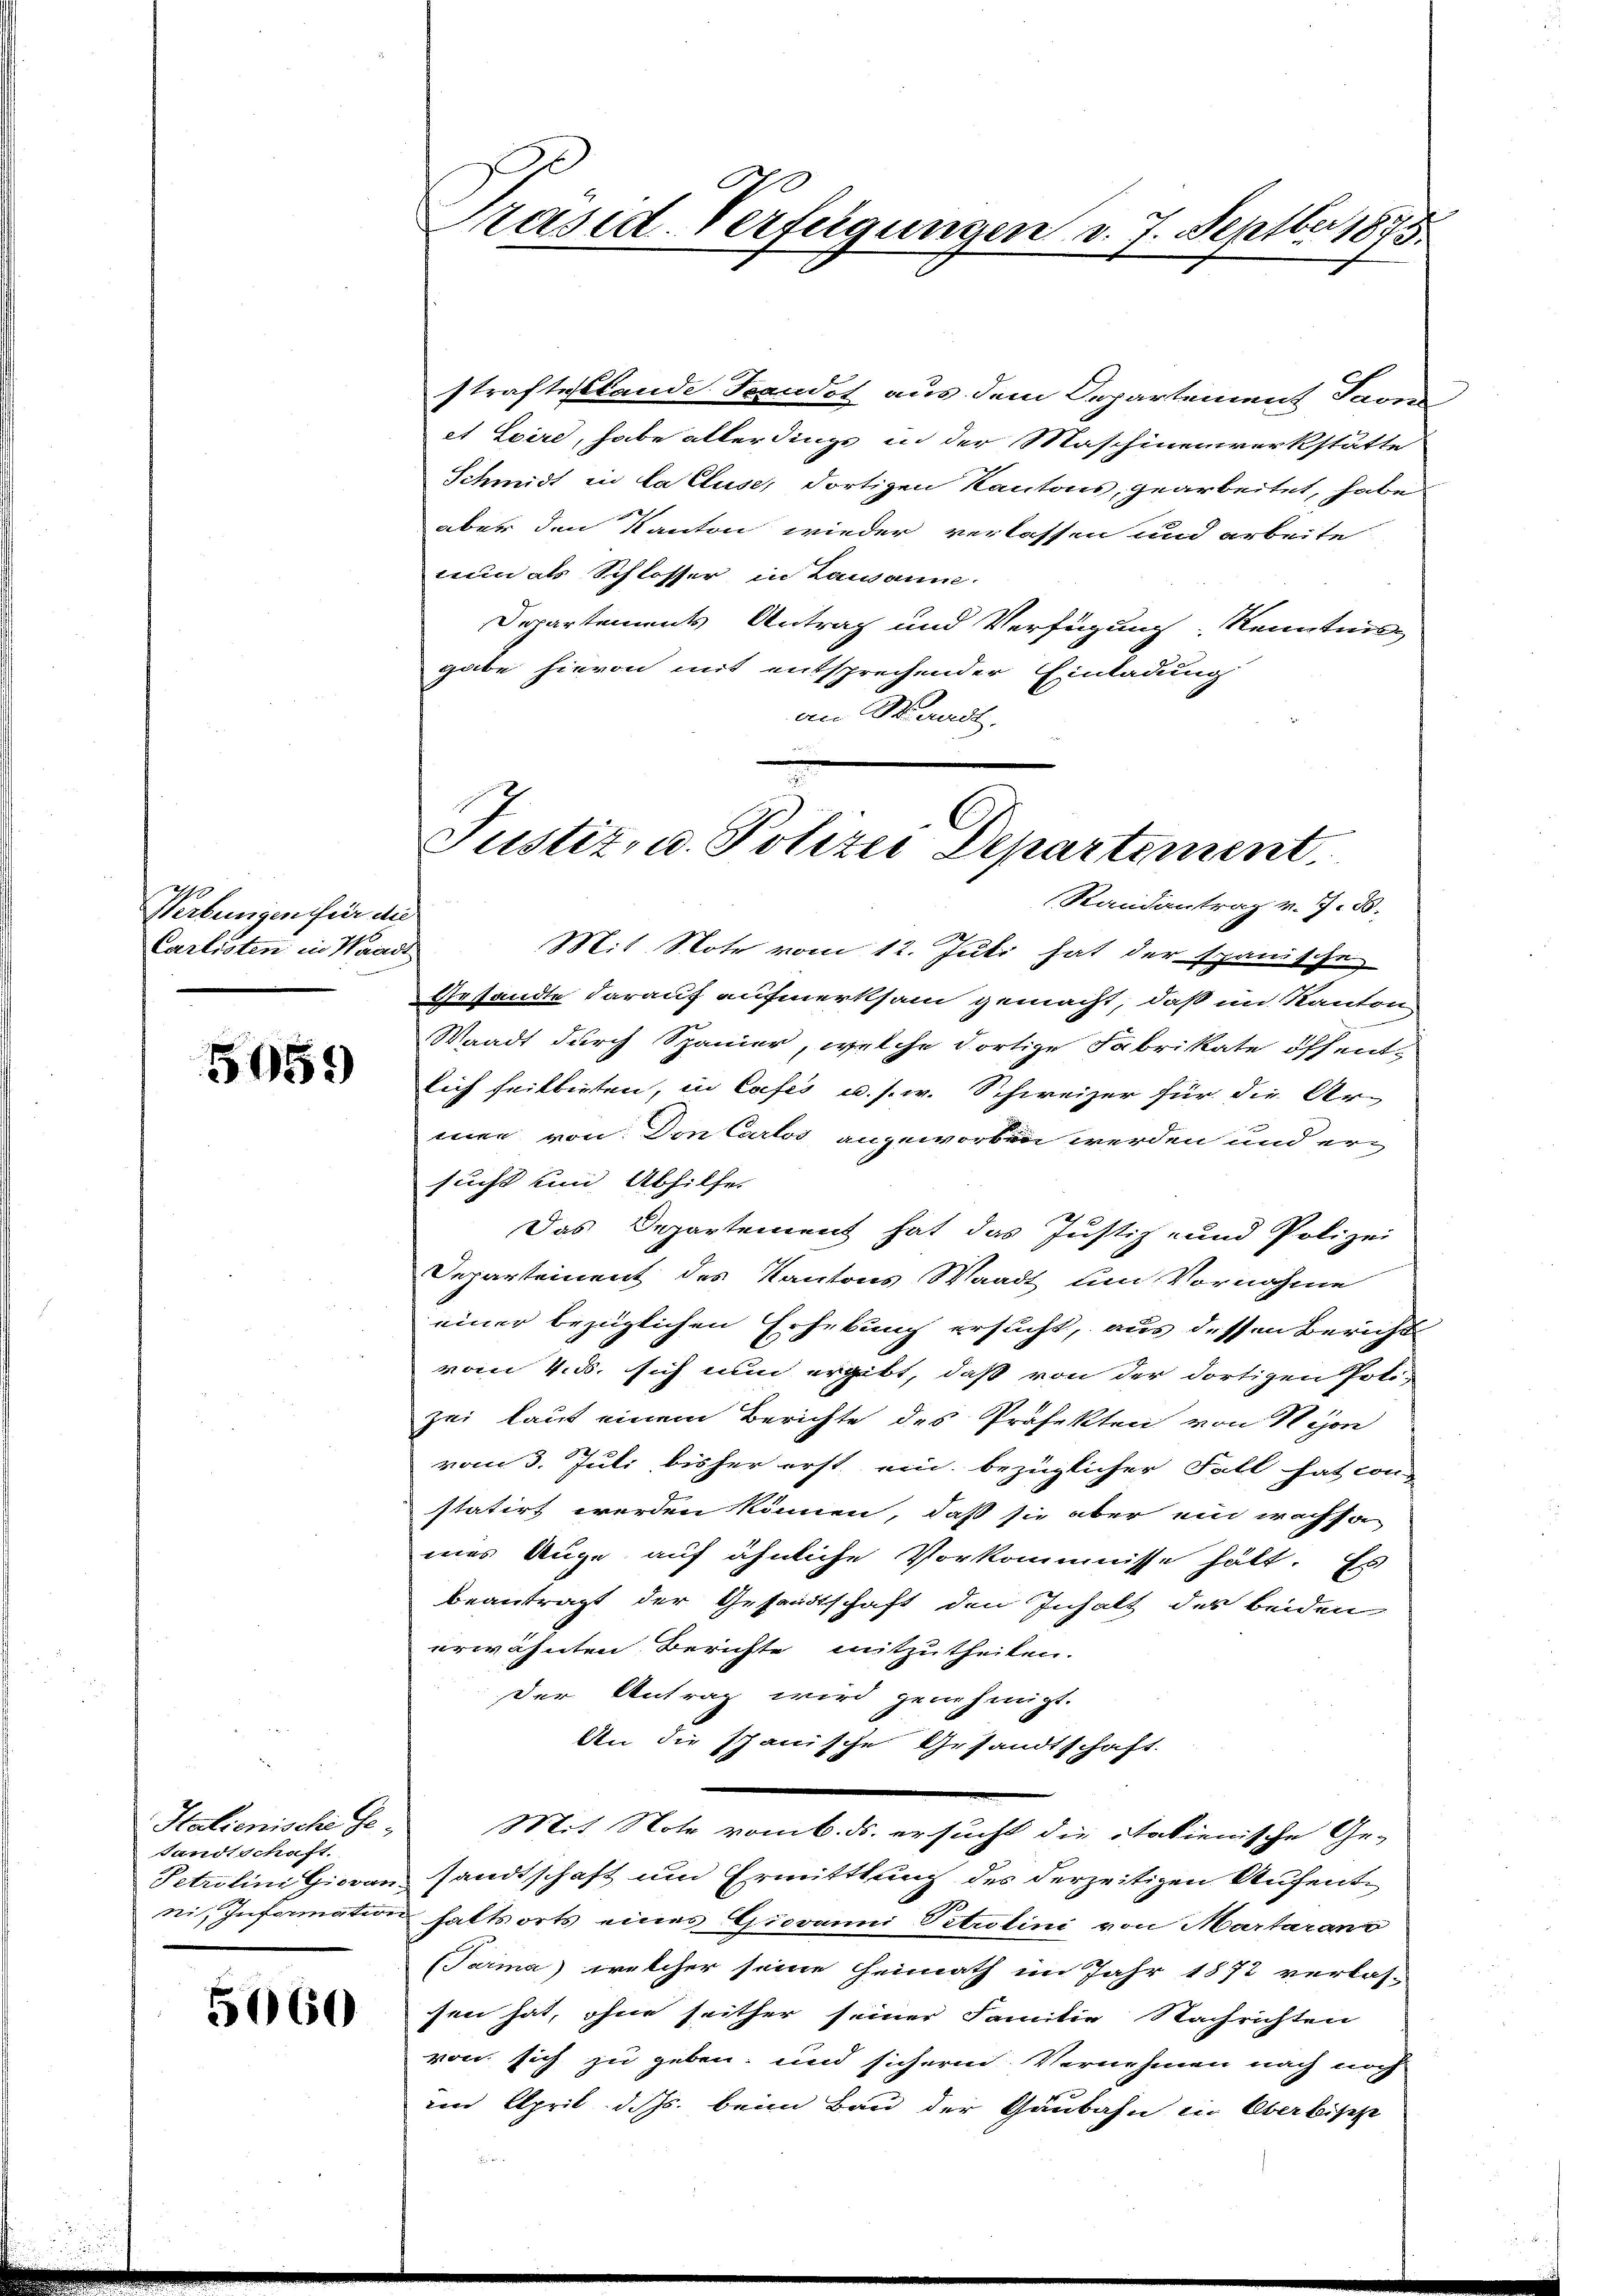
Werbungen für die
Carlisten in Waadt

5059

Italienische Ge-
sandtschaft.

5060

Präsid-Verfügungen v. 7. Septber 1875.

straftestande. Fandot aus dem Departement Savi
et Loire, habe allerdings in der Maschinenwerkstätte
Schmidt in la Cluse, dortigen Kantons, gearbeitet, habe
aber den Kanton wieder verlassen und arbeite
nun als Schlosser in Lausanne.
Departements Antrag und Verfügung Kenntnis
gabe hievon mit entsprechender Einladung
an Waadt.
x

Justiz- u. Polizei Departement
Randantrag v. 7. ds.
Mit Note vom 12. Juli hat der spanische

Gestandte darauf aufmerksam gemacht, daß im Kanton
Waadt durch Spanier, welche dortige Fabrikate öffentlich heilbieten, in Cafes u. s. w. Schweizer für die Ar-
mer von Don Carlos angeworben werden und ersucht und Abhilfe
Das Departement hat das Justiz- und Polizei
Departement des Kantons Waadt um Vornahme
einer bezüglichen Erhebung ersucht, aus dessen Bericht
vom 4. d. sich nun ergibt, daß von der dortigen Poli-
zei laut einem Berichte des Präfekten von Nyon
vom 3. Juli bisher erst, ein bezüglicher Fall hat con
statirt werden können, daß sie aber ein wachsa
mes Auge auf ähnliche Vorkommnisse hält. Es
beantragt der Gesandtschaft den Inhalt des beiden
erwähnten Berichte mitzutheilen.
der Antrag wird genehmigt.
An die Spanische Gesandtschaft.
Mit Note vom 6. ds. ersucht die italienische Ge-
Tetzlini Giovan sandtschaft und Ermittlung des derzeitigen Aufentni, Information haltsorts eines Giovanni Petrolini von Martaran
(Tarma) welcher seine Heimath im Jahr 1872 verlas-
sen hat, ohne seither seiner Familie Nachrichten
von sich zu geben, und sichern Vernehmen nach noch
iin April d. Js. beim Bau der Gaubahn in Oberbische